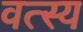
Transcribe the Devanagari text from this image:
वत्स्य